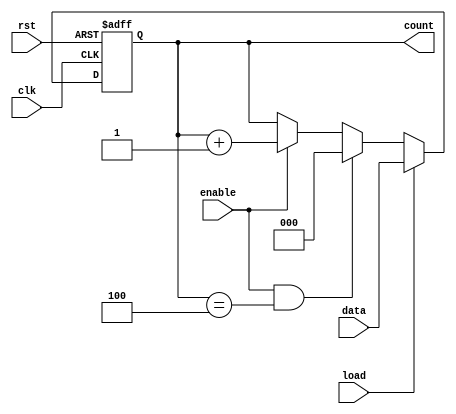
`timescale 1ns / 1ps

//takes x number of bits and increments the counter until it reaches n-1
module CounterModN #(parameter x = 3,parameter  n = 5) (input clk, rst, enable, load, input[x-1:0] data, output reg [x-1:0] count);
  always @(posedge clk, posedge rst) begin
    if (rst)
        count <= 0;
    else if (load) 
        count <= data;
    else if (enable & count == n-1)   //reset the counter when it reaches n-1
        count <= 0;
    else if (enable) 
        count <= count + 1;
  end
endmodule